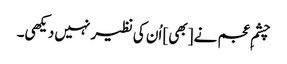
چشمِ عجم نے [بھی] اُن کی نظیر نہیں دیکھی۔